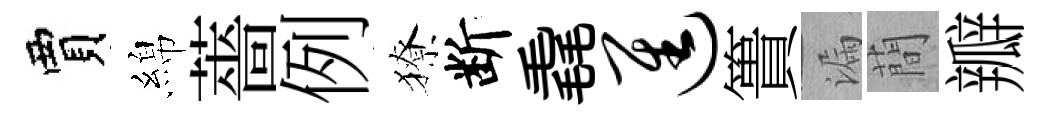
賈綿薔例獠断毳进簣漏蕳瓣